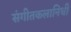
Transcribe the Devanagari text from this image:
संगीतकलानिधी